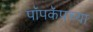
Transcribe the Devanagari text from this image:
पॉपकॅपच्या